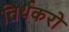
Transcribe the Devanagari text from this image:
तिर्थकरो